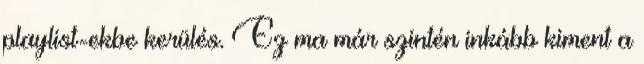
playlist-ekbe kerülés. Ez ma már szintén inkább kiment a